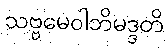
သဗ္ဗမေဝါဘိမဒ္ဒတိ